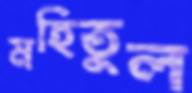
মহিতুল